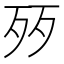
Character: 㱛